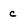
Character: c